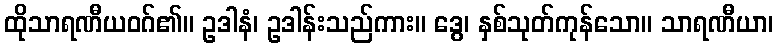
ထိုသာရဏီယဝဂ်၏။ ဥဒါနံ၊ ဥဒါန်းသည်ကား။ ဒွေ၊ နှစ်သုတ်ကုန်သော။ သာရဏီယာ၊